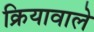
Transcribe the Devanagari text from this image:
क्रियावाले